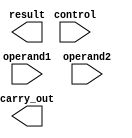
module QuadruplePrecisionFloatingPointUnit (
    input [127:0] operand1,
    input [127:0] operand2,
    input [2:0] control,
    output reg [127:0] result,
    output reg carry_out
);

// Verilog code for Quadruple Precision Floating Point Unit goes here

endmodule